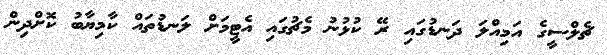
ޗެލްސީގެ އަމިއްލަ ދަނޑުގައި ރޭ ކުޅުނު މެޗުގައި އެޓީމަށް ލަނޑުތައް ކާމިޔާބު ކޮށްދިން